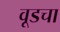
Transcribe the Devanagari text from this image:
वूडचा